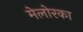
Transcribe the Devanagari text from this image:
मेलोरका